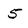
Character: 5